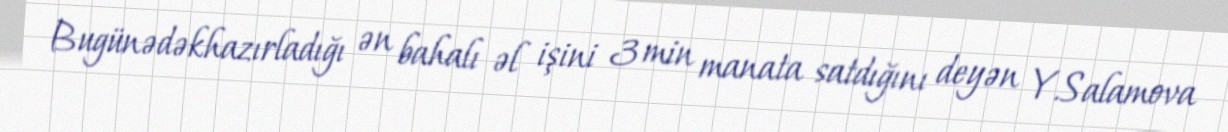
Bugünədəkhazırladığı ən bahalı əl işini 3 min manata satdığını deyən Y.Salamova